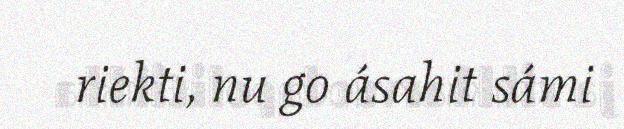
riekti, nu go ásahit sámi